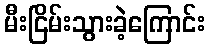
မီးငြိမ်းသွားခဲ့ကြောင်း